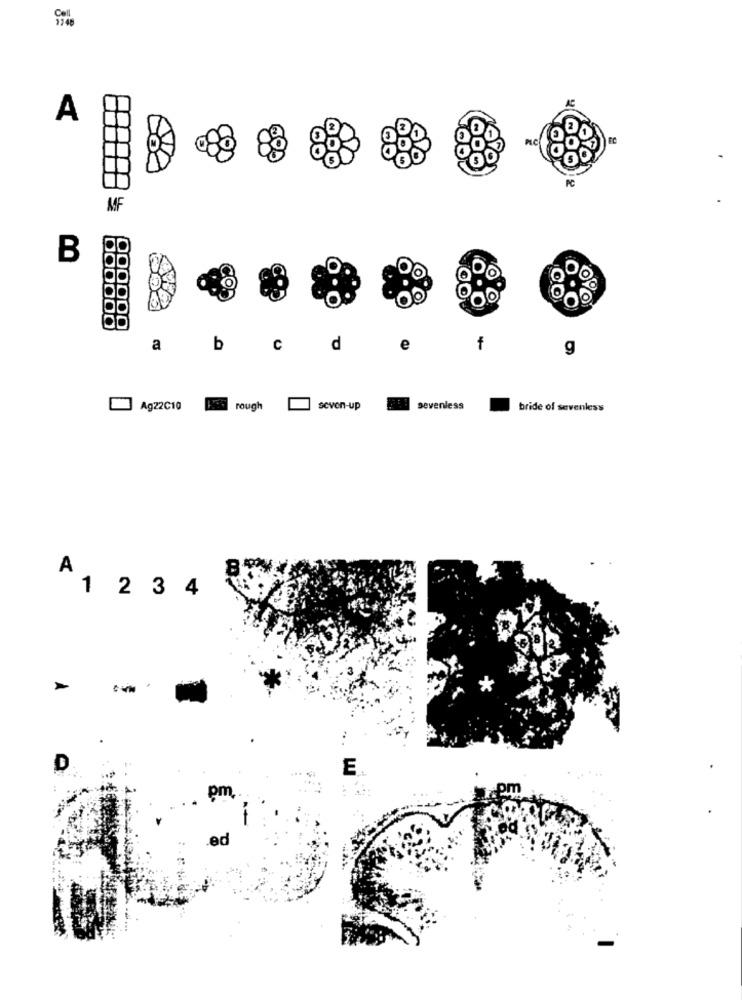
A
AF
B
NO.
a
b
C
d
f
g
A922-10
rough
seven-up
sevenless
bride of sevenless
A
1 2 3 4
D
E
pn
.ed